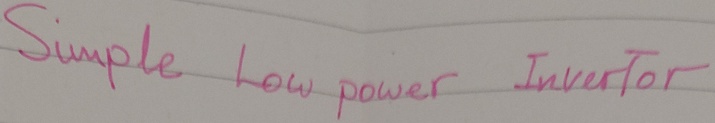
Text: Simple Low power Invertor